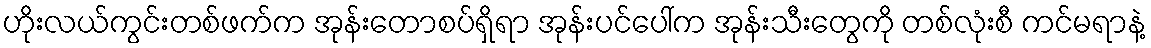
ဟိုးလယ်ကွင်းတစ်ဖက်က အုန်းတောစပ်ရှိရာ အုန်းပင်ပေါ်က အုန်းသီးတွေကို တစ်လုံးစီ ကင်မရာနဲ့